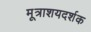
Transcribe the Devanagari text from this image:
मूत्राशयदर्शक